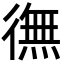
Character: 㣳